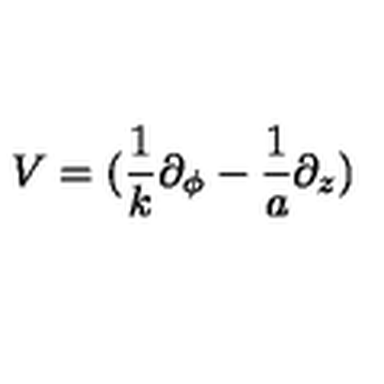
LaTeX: { \displaystyle { V = ( \frac { 1 } { k } \partial _ { \phi } - \frac { 1 } { a } \partial _ { z } ) } }